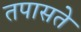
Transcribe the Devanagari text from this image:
तपासते